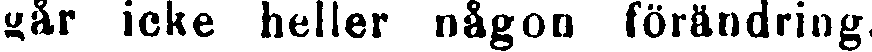
går icke heller någon förändring.